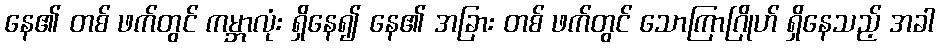
နေ၏ တစ် ဖက်တွင် ကမ္ဘာလုံး ရှိနေ၍ နေ၏ အခြား တစ် ဖက်တွင် သောကြာဂြိုဟ် ရှိနေသည့် အခါ